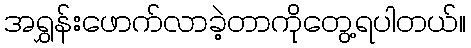
အရွှန်းဖောက်လာခဲ့တာကိုတွေ့ရပါတယ်။